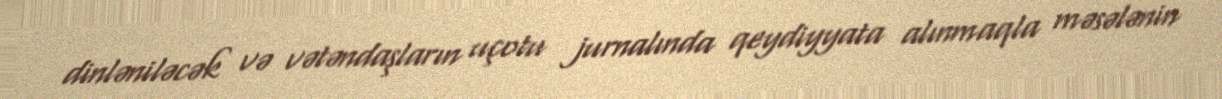
dinləniləcək və vətəndaşların uçotu jurnalında qeydiyyata alınmaqla məsələnin